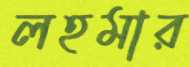
লহমার